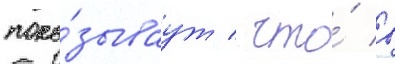
пока́зываут / что́ в